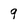
Character: 9